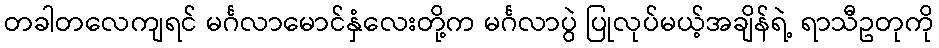
တခါတလေကျရင် မင်္ဂလာမောင်နှံလေးတို့က မင်္ဂလာပွဲ ပြုလုပ်မယ့်အချိန်ရဲ့ ရာသီဥတုကို